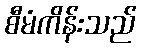
စီမံကိန်းသည်